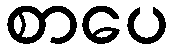
စာပေ